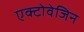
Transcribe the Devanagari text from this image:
एक्टोवेजिन